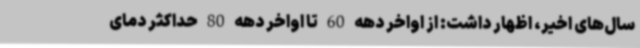
سال‌های اخیر، اظهار داشت: از اواخر دهه 60 تا اواخر دهه 80 حداکثر دمای